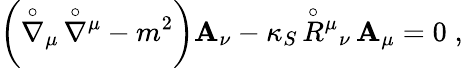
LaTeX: \left({\stackrel{\circ}{\nabla}}{}_{\mu}\, {\stackrel{\circ}{\nabla}}{}^{\mu}-m^{2}\right)\mathbf{A}_{\nu}-\kappa_{S}\, {\stackrel{\circ}{R}}{}^{\mu}{}_{\nu}\, \mathbf{A}_{\mu}=0\; ,